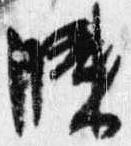
膝